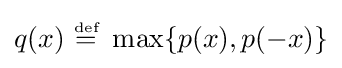
q(x)~{\stackrel {\scriptscriptstyle {\text{def}}}{=}}~\max\{p(x),p(-x)\}